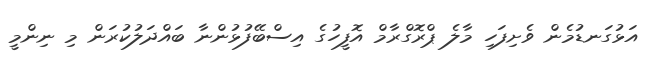
އަޅުގަނޑުމެން ވެށިފަހި މާލެ ޕްރޮގްރާމް އޮފީހުގެ އިސްބޭފުޅުންނާ ބައްދަލުކުރަން މި ނިންމީ